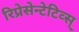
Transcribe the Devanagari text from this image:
रिप्रेसेन्टेटिव्स्